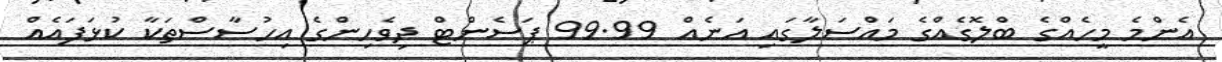
އެންމެ މީހެއްގެ ބްލޮގެއްގެ މައްސަލާގައި އަނެއް 99.99 ޕަސެންޓް ދިވެހިންގެ އިހުސާސްތަކާ ކުޅަފައެއް